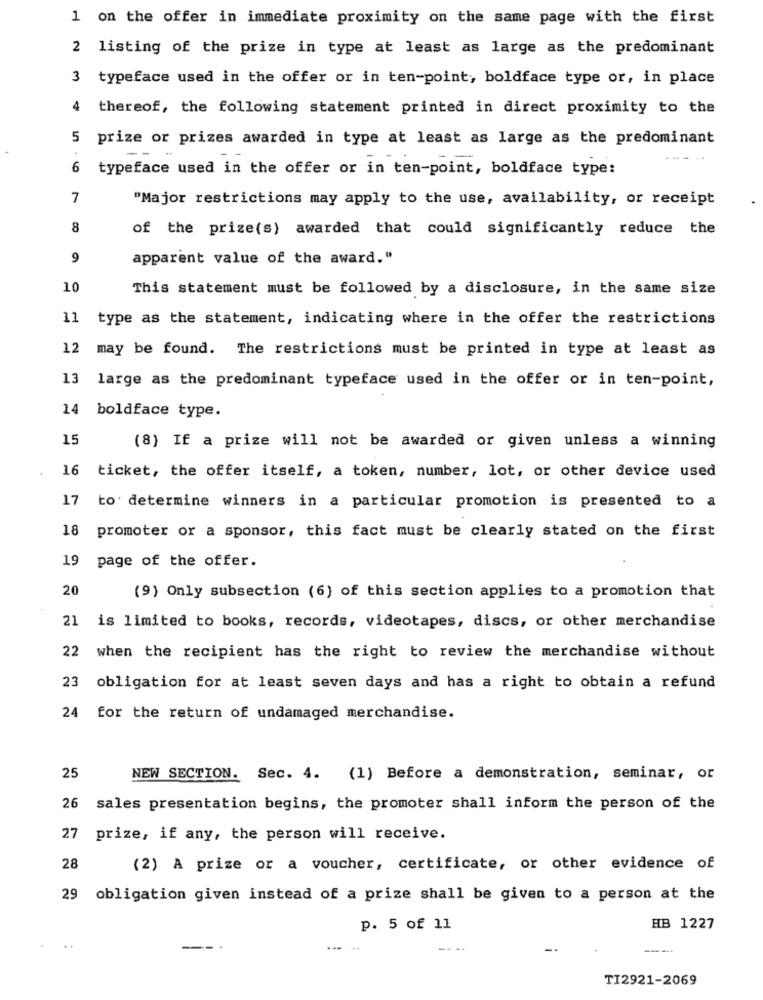
1 on the offer in immediate proximity on the same page with the first
2 listing of the prize in type at least as large as the predominant
typeface used in the offer or in ten-point, boldface type or, in place
4
thereof, the following statement printed in direct proximity to the
5 prize or prizes awarded in type at least as large as the predominant
6
typeface used in the offer or in ten-point, boldface type:
7
"Major restrictions may apply to the use, availability, or receipt
8
of the prize(s) awarded that could significantly reduce the
9
apparent value of the award."
10
This statement must be followed by a disclosure, in the same size
11
type as the statement, indicating where in the offer the restrictions
12
may be found. The restrictions must be printed in type at least as
13
large as the predominant typeface used in the offer or in ten-point,
14 boldface type.
15
(8) If a prize will not be awarded or given unless a winning
.
16 ticket, the offer itself, a token, number, lot, or other device used
17
to determine winners in a particular promotion is presented to a
18
promoter or a sponsor, this fact must be clearly stated on the first
19
page of the offer.
20
(9) Only subsection (6) of this section applies to a promotion that
21
is limited to books, records, videotapes, discs, or other merchandise
22 when the recipient has the right to review the merchandise without
23
obligation for at least seven days and has a right to obtain a refund
24 for the return of undamaged merchandise.
25
NEW SECTION. Sec. 4. (1) Before a demonstration, seminar, or
sales presentation begins, the promoter shall inform the person of the
27 prize, if any, the person will receive.
28
(2) A prize or a voucher, certificate, or other evidence of
obligation given instead of a prize shall be given to a person at the
p. 5 of 11
HB 1227
..
- -
---
TI2921-2069